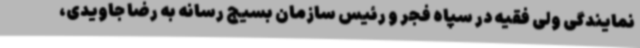
نمایندگی ولی فقیه در سپاه فجر و رئیس سازمان بسیج رسانه به رضا جاویدی،